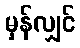
မှန်လျှင်